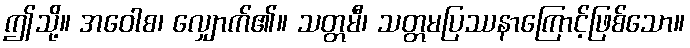
ဤသို့။ အဝေါစ၊ လျှောက်၏။ သတ္တမီ၊ သတ္တမပြဿနာကြောင့်ဖြစ်သော။